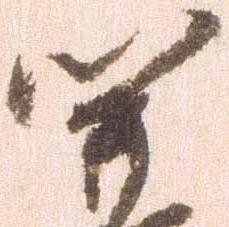
関